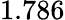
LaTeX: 1.786